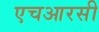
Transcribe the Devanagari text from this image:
एचआरसी